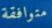
متوافقة